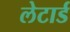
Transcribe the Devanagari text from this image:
लेटार्ड